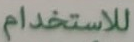
للاستخدام